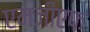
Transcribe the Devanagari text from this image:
एमजीएफ